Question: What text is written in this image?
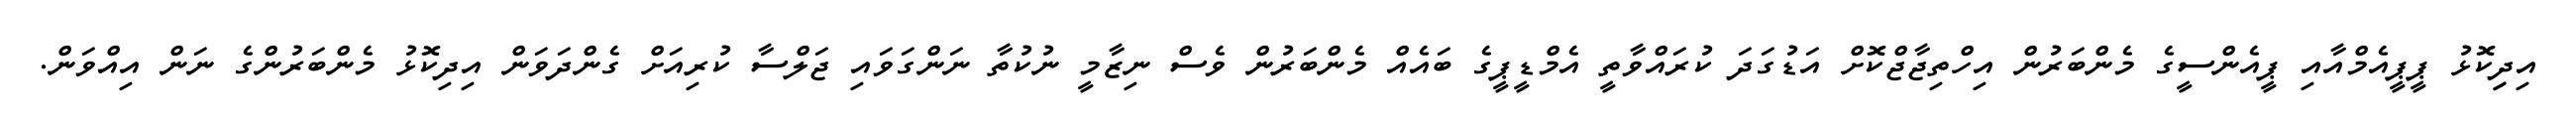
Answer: އިދިިކޮޅު ޕީޕީއެމްއާއި ޕީއެންސީގެ މެންބަރުން އިހްތިޖާޖްކޮށް އަޑުގަދަ ކުރައްވާތީ އެމްޑީޕީގެ ބައެއް މެންބަރުން ވެސް ނިޒާމީ ނުކުތާ ނަންގަވައި ޖަލްސާ ކުރިއަށް ގެންދަވަން އިދިކޮޅު މެންބަރުންގެ ނަން އިއްވަން.